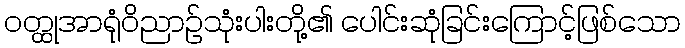
ဝတ္ထုအာရုံဝိညာဉ်သုံးပါးတို့၏ ပေါင်းဆုံခြင်းကြောင့်ဖြစ်သော